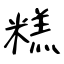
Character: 糕